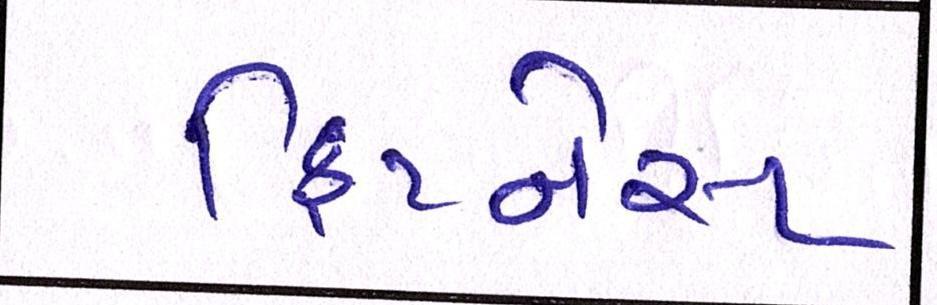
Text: ફિટનેસ